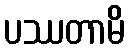
ပဿတာမိ